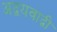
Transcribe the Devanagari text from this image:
अद्वयवाद्वी